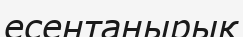
есентаңырық